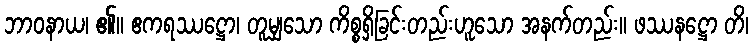
ဘာဝနာယ၊ ၏။ ဧကရဿဋ္ဌော၊ တူမျှသော ကိစ္စရှိခြင်းတည်းဟူသော အနက်တည်း။ ဖဿနဋ္ဌော တိ၊